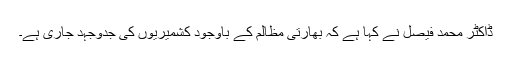
ڈاکٹر محمد فیصل نے کہا ہے کہ بھارتی مظالم کے باوجود کشمیریوں کی جدوجہد جاری ہے۔